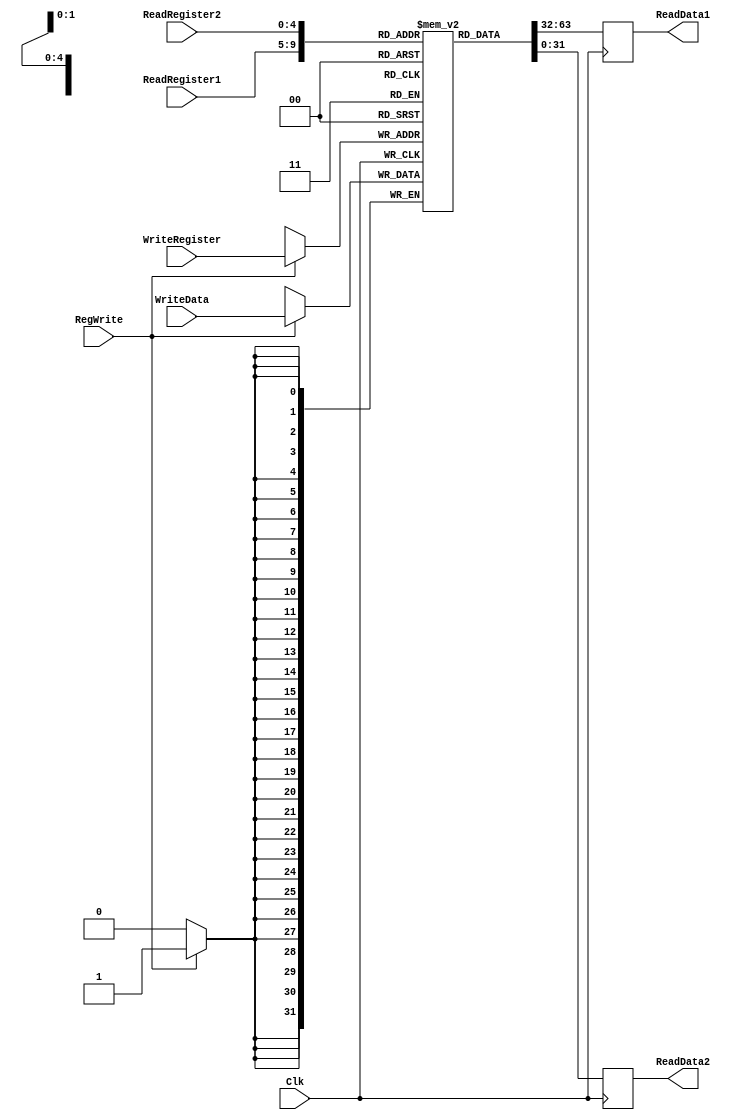
`timescale 1ns / 1ps

////////////////////////////////////////////////////////////////////////////////
// ECE369 - Computer Architecture
// 
//
//
// Student(s) Name and Last Name: Victor Reyes
//                                                              Aneesa Judd
//
// Module - register_file.v
// Description - Implements a register file with 32 32-Bit wide registers.
//
// 
// INPUTS:-
// ReadRegister1: 5-Bit address to select a register to be read through 32-Bit 
//                output port 'ReadRegister1'.
// ReadRegister2: 5-Bit address to select a register to be read through 32-Bit 
//                output port 'ReadRegister2'.
// WriteRegister: 5-Bit address to select a register to be written through 32-Bit
//                input port 'WriteRegister'.
// WriteData: 32-Bit write input port.
// RegWrite: 1-Bit control input signal.
//
// OUTPUTS:-
// ReadData1: 32-Bit registered output. 
// ReadData2: 32-Bit registered output. 
//
// FUNCTIONALITY:-
// 'ReadRegister1' and 'ReadRegister2' are two 5-bit addresses to read two 
// registers simultaneously. The two 32-bit data sets are available on ports 
// 'ReadData1' and 'ReadData2', respectively. 'ReadData1' and 'ReadData2' are 
// registered outputs (output of register file is written into these registers 
// at the falling edge of the clock). You can view it as if outputs of registers
// specified by ReadRegister1 and ReadRegister2 are written into output 
// registers ReadData1 and ReadData2 at the falling edge of the clock. 
//
// 'RegWrite' signal is high during the rising edge of the clock if the input 
// data is to be written into the register file. The contents of the register 
// specified by address 'WriteRegister' in the register file are modified at the 
// rising edge of the clock if 'RegWrite' signal is high. The D-flip flops in 
// the register file are positive-edge (rising-edge) triggered. (You have to use 
// this information to generate the write-clock properly.) 
//
// NOTE:-
// We will design the register file such that the contents of registers do not 
// change for a pre-specified time before the falling edge of the clock arrives 
// to allow for data multiplexing and setup time.
////////////////////////////////////////////////////////////////////////////////

module RegisterFile(ReadRegister1, ReadRegister2, WriteRegister, WriteData, RegWrite, Clk, ReadData1, ReadData2);

	/* Please fill in the implementation here... */
	// inputs
	// 5 bit addresses to select a register
	input [4:0] ReadRegister1;     // $rs
	input [4:0] ReadRegister2;     // $rt
	input [4:0] WriteRegister;     // $rt or $rd,determined by Mux32BitTo1.v
	// 32 bit write input port 
	input [31:0] WriteData;
	// controll signal to write to register
	input RegWrite;
	
	input Clk;
	
	/*reg[31:0]  regFile [31:0] = reg0,   reg1, reg2,   reg3,   reg4,   reg5,    reg6,   reg7,
	                 reg8,   reg9, reg10, reg11, reg12, reg13, reg14, reg15,
	                 reg16, reg17, reg18, reg19, reg20, reg21, reg22, reg23,
	                 reg24, reg25, reg26, reg27, reg28, reg29, reg30, reg31; */
	  reg [31:0] regFile [31:0];
	        
	// outputs
	output reg [31:0] ReadData1;
	output reg [31:0] ReadData2;
	
	integer i;
	initial
	begin
	       for(i = 0; i < 32; i = i + 1) begin 
	       regFile[i] = 0;
	       end
	end
	
  always @(negedge Clk) begin	//falling edge of clock triggered see lines 33 - 34
	     ReadData1 <= regFile[ReadRegister1];  
	       // output ReadData1 is the register specified by the 5 bit address of ReadRegister1  ($rs)
	     ReadData2 <= regFile[ReadRegister2];
	     // output ReadData2 is the register specified by the 5 bit address of ReadRegister2 ($rt/$rd)
    end
    
    always @(posedge Clk) begin     // rising clock edge triggered see lines 41- 43
    	   if (RegWrite)
    	   regFile[WriteRegister] <= WriteData[31:0];
    	   // writes 32 bit WriteData into writeRegFile using the 5 bit address of WriteRegister as the index
    end
endmodule